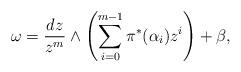
LaTeX: \begin{align*}\omega = \frac{dz}{z^m} \wedge \left ( \sum \limits_{i = 0}^{m - 1} \pi^* (\alpha_i) z^i \right ) + \beta,\end{align*}